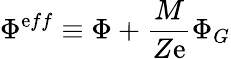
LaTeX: \Phi^{\mathrm{e}ff}\equiv\Phi+\frac{{M}}{{Z\mathrm{e}}}\Phi_{G}